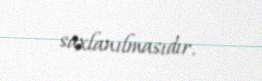
saxlanılmasıdır.